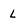
Character: L